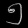
Digit: ၅